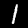
Digit: 1